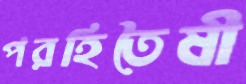
পরহিতৈষী